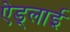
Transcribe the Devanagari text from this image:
ऐड्लाई